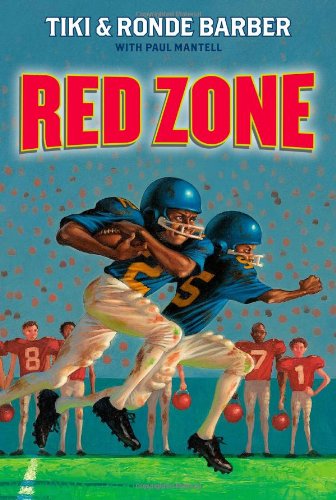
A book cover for Red Zone (Barber Game Time Books); Tiki Barber; Children's Books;